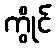
ကွိုင်